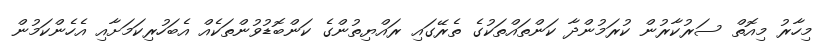
މިހާރު މިއޮތް ސަރުކާރުން ކުރަމުންދާ ކަންތައްތަކުގެ ތެރޭގައި ރައްޔިތުންގެ ކަންބޮޑުވުންތަކެއް އެބަހުރިކަމަށާއި އެހެންކަމުން